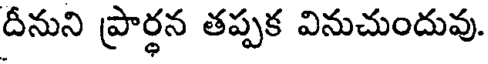
దీనుని ప్రార్థన తప్పక వినుచుందువు.